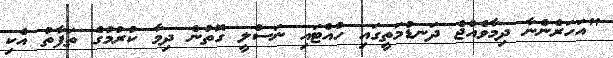
"އަހަރެންނާ ދިމާވެއްޖެ ދަނޑުމަތީގައި ހުއްޓައި ނަސްލީ ގޮތުން ދިމާ ކުރުމުގެ ތަފާތު އެކި